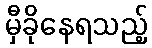
မှီခိုနေရသည့်